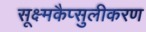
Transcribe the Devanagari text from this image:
सूक्ष्मकैप्सुलीकरण